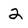
Character: 2